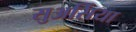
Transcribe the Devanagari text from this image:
सुअर्सिया